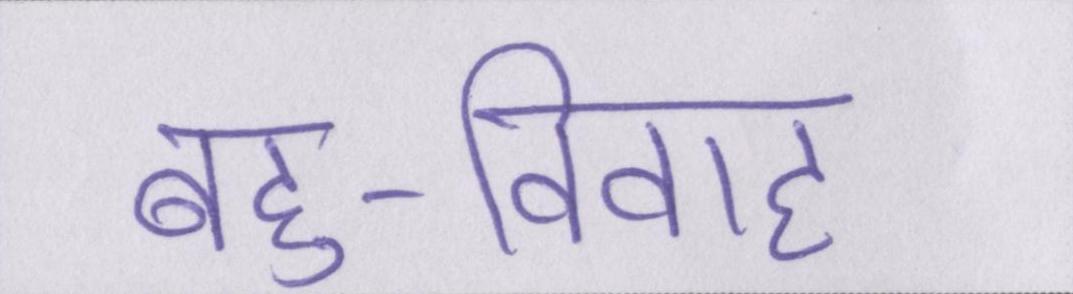
बहु-विवाह